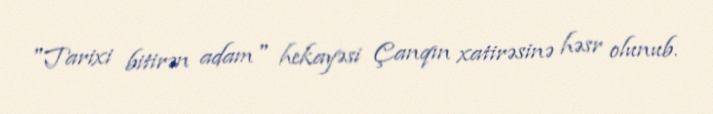
"Tarixi bitirən adam" hekayəsi Çanqın xatirəsinə həsr olunub.